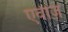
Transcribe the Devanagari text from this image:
एवीज़